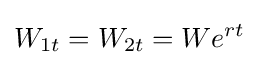
W_{1t}=W_{2t}=We^{rt}